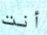
أنت